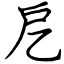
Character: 戹